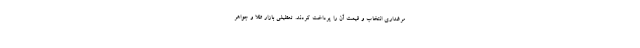
مرغداری انتخاب و قیمت آن را پرداخت کردند. تعطیلی بازار طلا و جواهر